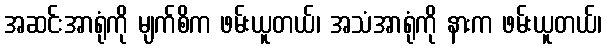
အဆင်းအာရုံကို မျက်စိက ဖမ်းယူတယ်၊ အသံအာရုံကို နားက ဖမ်းယူတယ်၊